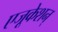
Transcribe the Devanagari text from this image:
एजूकेशन्